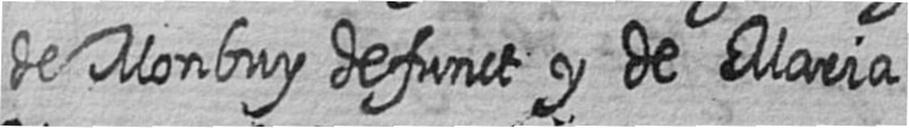
de Monbuy defunct y de Maria